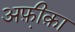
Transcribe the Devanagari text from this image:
अफ़ी़क़ा